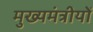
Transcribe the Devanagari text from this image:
मुख्यमंत्रीयों